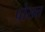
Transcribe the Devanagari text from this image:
पोख्त